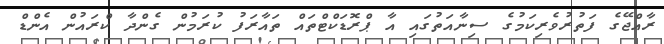
ރާއްޖޭގެ ފަތުރުވެރިކަމުގެ ސިނާއަތުގައި އާ ޕްރޮޑަކްޓްތައް ތައާރަފު ކުރަމުން ގެންދާ ކްރައުން އެންޑް